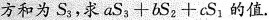
方和为S_{3}，求aS_{3}+bS_{2}+cS_{1}的值.